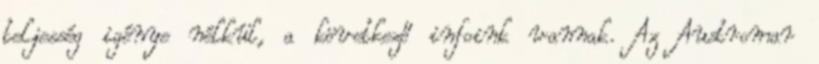
teljesség igénye nélkül, a következő infoink vannak. Az Austromar